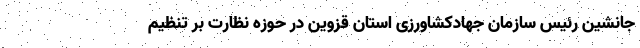
جانشین رئیس سازمان جهادکشاورزی استان قزوین در حوزه نظارت بر تنظیم